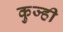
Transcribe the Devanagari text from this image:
कुज्ही